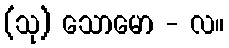
(သု) သောမော - လ။